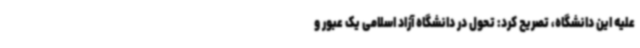
علیه این دانشگاه، تصریح کرد: تحول در دانشگاه آزاد اسلامی یک عبور و